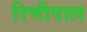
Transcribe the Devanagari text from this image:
रिणीपाल